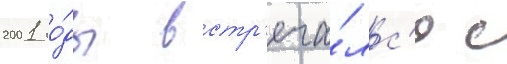
2001 го́ды встр'еча́лс'я с